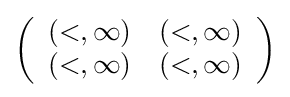
\left({\begin{array}{ll}(<,\infty )&(<,\infty )\\(<,\infty )&(<,\infty )\end{array}}\right)